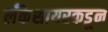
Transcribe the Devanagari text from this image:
लँकेशायरकडून